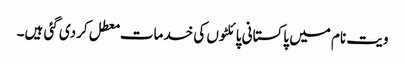
ویت نام میں پاکستانی پائلٹوں کی خدمات معطل کردی گئی ہیں۔